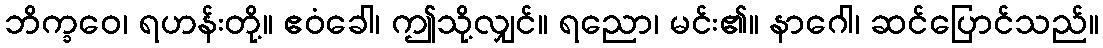
ဘိက္ခဝေ၊ ရဟန်းတို့။ ဧဝံခေါ၊ ဤသို့လျှင်။ ရညော၊ မင်း၏။ နာဂေါ၊ ဆင်ပြောင်သည်။